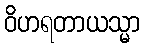
ဝိဟရတာယသ္မာ